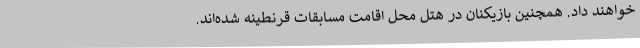
خواهند داد. همچنین بازیکنان در هتل محل اقامت مسابقات قرنطینه شده‌اند.